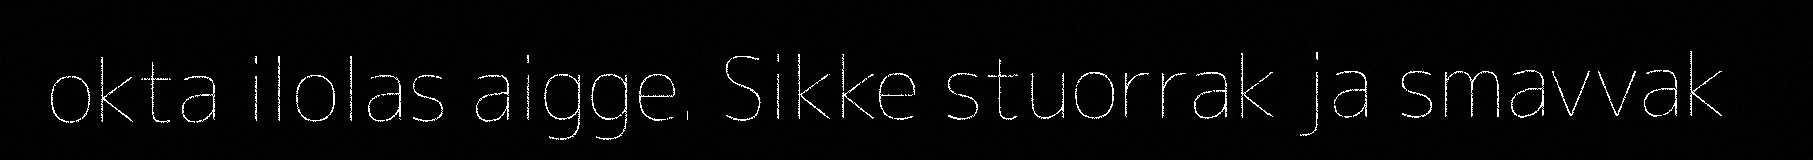
okta ilolas aigge. Sikke stuorrak ja smavvak